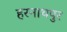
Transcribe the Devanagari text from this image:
हरनाथपुर